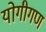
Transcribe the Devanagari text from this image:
योगीगण